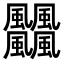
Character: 𩙡